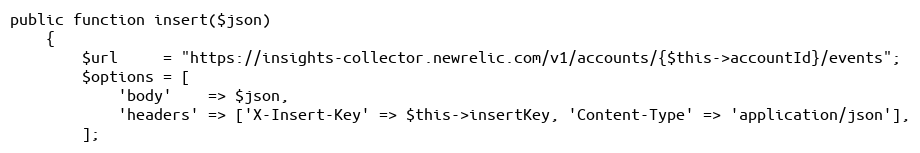
Language: PHP
public function insert($json)
    {
        $url     = "https://insights-collector.newrelic.com/v1/accounts/{$this->accountId}/events";
        $options = [
            'body'    => $json,
            'headers' => ['X-Insert-Key' => $this->insertKey, 'Content-Type' => 'application/json'],
        ];